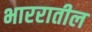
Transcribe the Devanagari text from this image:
भाररातील